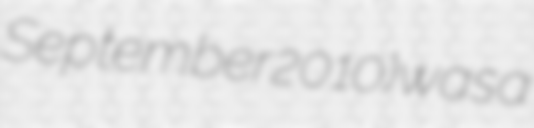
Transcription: September 2010) was a